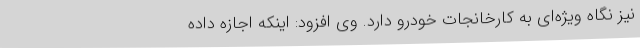
نیز نگاه ویژه‌ای به کارخانجات خودرو دارد. وی افزود: اینکه اجازه داده